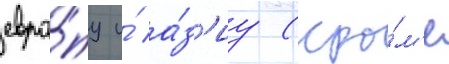
евро́пу и́ а́з'иу (кро́м'е